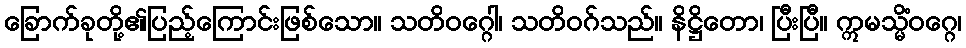
ခြောက်ခုတို့၏ပြည့်ကြောင်းဖြစ်သော။ သတိဝဂ္ဂေါ၊ သတိဝဂ်သည်။ နိဋ္ဌိတော၊ ပြီးပြီ။ ဣမသ္မိံဝဂ္ဂေ၊